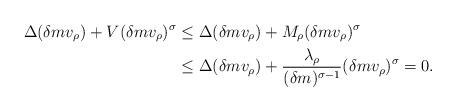
LaTeX: \begin{align*}\Delta (\delta m v_\rho) + V(\delta m v_\rho)^\sigma&\leq \Delta(\delta m v_\rho) + M_\rho(\delta m v_\rho)^\sigma\\ &\leq\Delta (\delta m v_\rho) + \frac{\lambda_\rho}{(\delta m)^{\sigma-1}}(\delta m v_\rho)^\sigma=0.\end{align*}